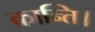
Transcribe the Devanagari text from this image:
क्रान्ति।